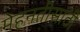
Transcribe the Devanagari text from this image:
मेहनतीसाठी